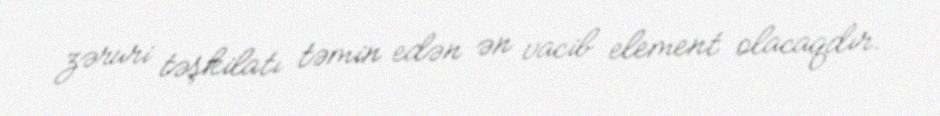
zəruri təşkilatı təmin edən ən vacib element olacaqdır.